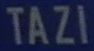
TAZI